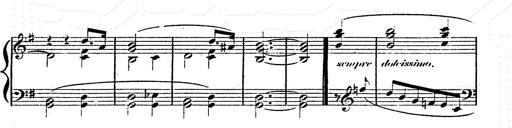
Title: Franz Schuberts geistliche Lieder
Composer: Franz Liszt